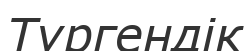
Түргендік